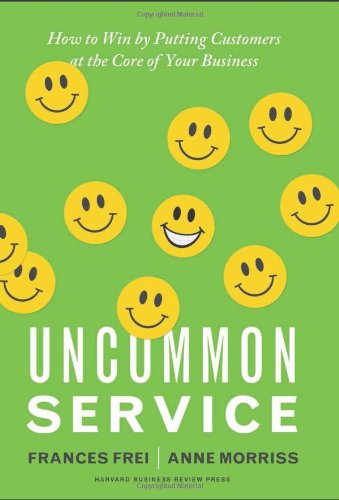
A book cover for Uncommon Service: How to Win by Putting Customers at the Core of Your Business; Frances Frei; Business & Money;